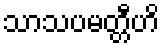
သာသပမတ္တီဟိ